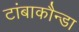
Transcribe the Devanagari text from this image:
टांबाकौन्डा